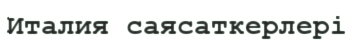
Италия саясаткерлері